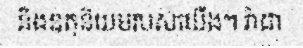
និងឧតុនិយមរបស់យើង។ រ៉ាដា